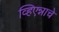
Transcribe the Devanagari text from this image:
व्हिएन्नाचे